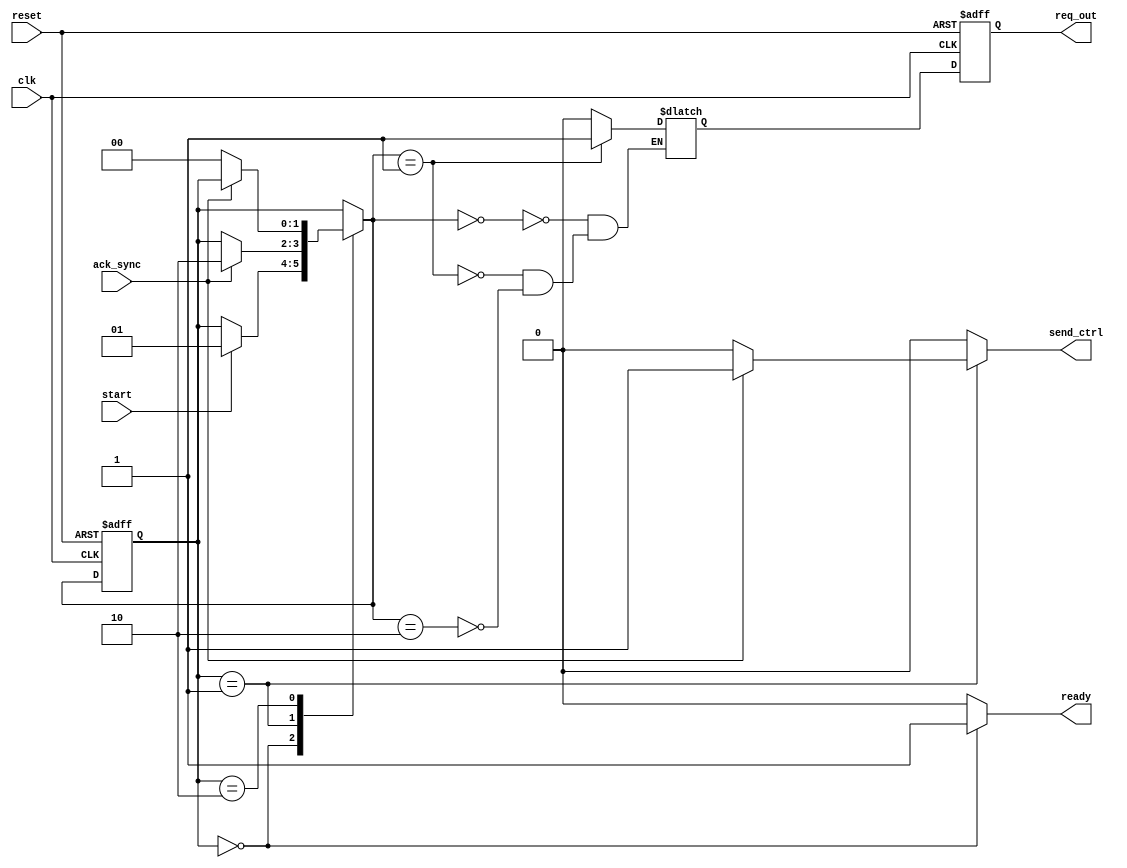
// -------------------------------------------------------
// Copyright (c) 2017 Cadence Design Systems, Inc.
//
// All rights reserved.
//
// Cadence Design Systems Proprietary and Confidential.
// -------------------------------------------------------

module sender_fsm (clk, reset, start, ack_sync, ready, req_out, send_ctrl);

input clk, reset;
input start;
input ack_sync; // synchronized version of ack from receiver
output reg ready;
output req_out; // Request out to receiver
output reg send_ctrl; // Data change  qualifier

localparam IDLE   = 2'b00,
           S_REQ1 = 2'b01,
           S_REQ0 = 2'b10;

reg [1:0] state_reg, state_next;
reg req_buf_reg, req_buf_next;

// State register and output buffer
always @(posedge clk or negedge reset)
begin
    if (reset == 1'b0) begin
        state_reg <= IDLE;
        req_buf_reg <= 1'b0;
    end 
    else begin
        state_reg <= state_next;
        req_buf_reg <= req_buf_next;
    end
end

// Next state logic
always @(state_reg or start or ack_sync)
begin
    ready <= 1'b0;
    send_ctrl <= 1'b0;
    state_next <= state_reg;
    case (state_reg)
    IDLE : begin
        ready <= 1'b1;
        if (start == 1'b1)
             state_next <= S_REQ1;
    end
    S_REQ1 : begin
        if (ack_sync == 1'b1) begin
             state_next <= S_REQ0;
             send_ctrl <= 1'b1;
        end
    end
    S_REQ0 : begin
        if (ack_sync == 1'b0)
            state_next <= IDLE;
    end
    endcase
end

// Look Ahead output logic
always @(state_next)
begin
    case (state_next)
        IDLE : begin
            req_buf_next = 1'b0;
        end
        S_REQ1 : begin
            req_buf_next = 1'b1;
        end
        S_REQ0 : begin
            req_buf_next = 1'b0;
        end
    endcase
end

assign req_out = req_buf_reg;

endmodule